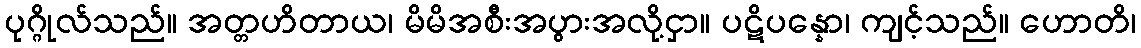
ပုဂ္ဂိုလ်သည်။ အတ္တဟိတာယ၊ မိမိအစီးအပွားအလို့ငှာ။ ပဋိပန္နော၊ ကျင့်သည်။ ဟောတိ၊